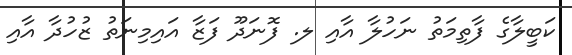
ކަބީލާގެ ފާތިމަތު ނަހުލާ އާއި ލ. ފޮނަދޫ ފަޒާ އައިމިނަތު ޒުހުދާ އާއި